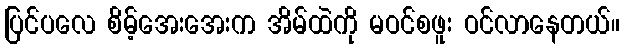
ပြင်ပလေ စိမ့်အေးအေးက အိမ်ထဲကို မဝင်စဖူး ဝင်လာနေတယ်။